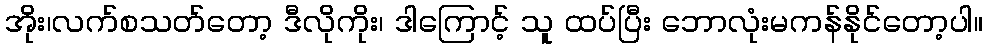
အိုး၊လက်စသတ်တော့ ဒီလိုကိုး၊ ဒါကြောင့် သူ ထပ်ပြီး ဘောလုံးမကန်နိုင်တော့ပါ။